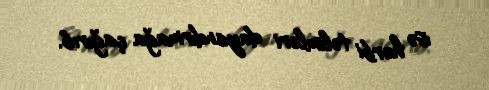
isə hərbi təlimləri dayandırmağa çağırıb.